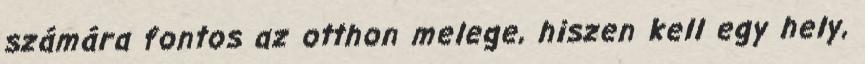
számára fontos az otthon melege, hiszen kell egy hely,